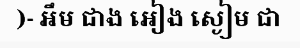
)- អឹម ជាង អៀង ស្ងៀម ជា